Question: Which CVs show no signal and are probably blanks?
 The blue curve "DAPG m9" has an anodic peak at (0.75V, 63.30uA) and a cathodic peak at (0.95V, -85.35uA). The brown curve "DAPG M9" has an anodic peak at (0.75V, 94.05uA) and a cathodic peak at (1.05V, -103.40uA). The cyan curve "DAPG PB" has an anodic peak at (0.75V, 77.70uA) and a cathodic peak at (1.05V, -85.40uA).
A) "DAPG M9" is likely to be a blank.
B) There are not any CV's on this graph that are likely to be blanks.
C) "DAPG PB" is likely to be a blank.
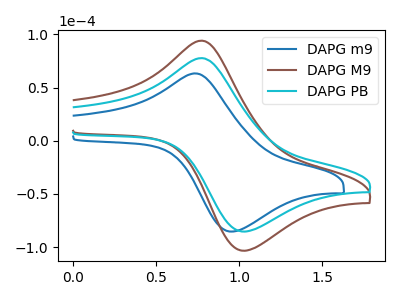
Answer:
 <answer>B) There are not any CV's on this graph that are likely to be blanks.</answer>
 <eval>B</eval>